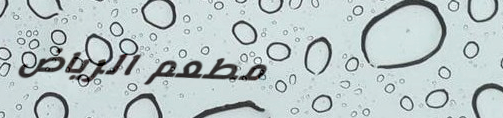
مطعم الرياض